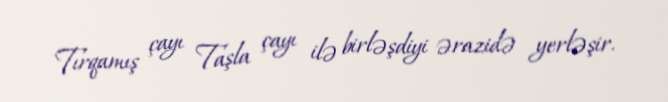
Tırqamış çayı Taşla çayı ilə birləşdiyi ərazidə yerləşir.